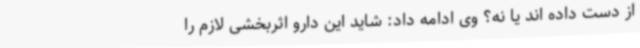
از دست داده اند یا نه؟ وی ادامه داد: شاید این دارو اثربخشی لازم را